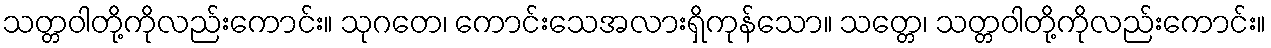
သတ္တဝါတို့ကိုလည်းကောင်း။ သုဂတေ၊ ကောင်းသေအလားရှိကုန်သော။ သတ္တေ၊ သတ္တဝါတို့ကိုလည်းကောင်း။